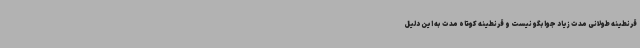
قرنطینه طولانی مدت زیاد جوابگو نیست و قرنطینه کوتاه مدت به این دلیل